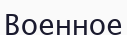
Военное